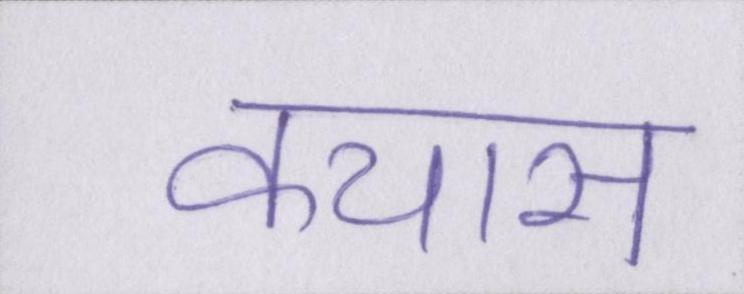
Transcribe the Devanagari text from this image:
कयास